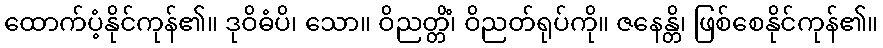
ထောက်ပံ့နိုင်ကုန်၏။ ဒုဝိဓံပိ၊ သော။ ဝိညတ္တိံ၊ ဝိညတ်ရုပ်ကို။ ဇနေန္တိ၊ ဖြစ်စေနိုင်ကုန်၏။